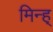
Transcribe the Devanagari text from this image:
मिन्ह्